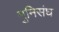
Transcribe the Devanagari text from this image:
मुनिसंघ